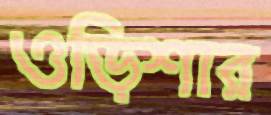
ওড়িশার